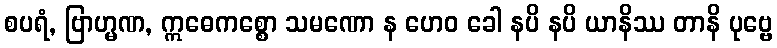
စပရံ, ဗြာဟ္မဏ, ဣဓေကစ္စော သမဏော န ဟေဝ ခေါ နပိ နပိ ယာနိဿ တာနိ ပုဗ္ဗေ